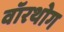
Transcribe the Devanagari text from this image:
वॉरथोग